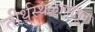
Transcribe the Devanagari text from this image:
तीर्थस्थळापासून